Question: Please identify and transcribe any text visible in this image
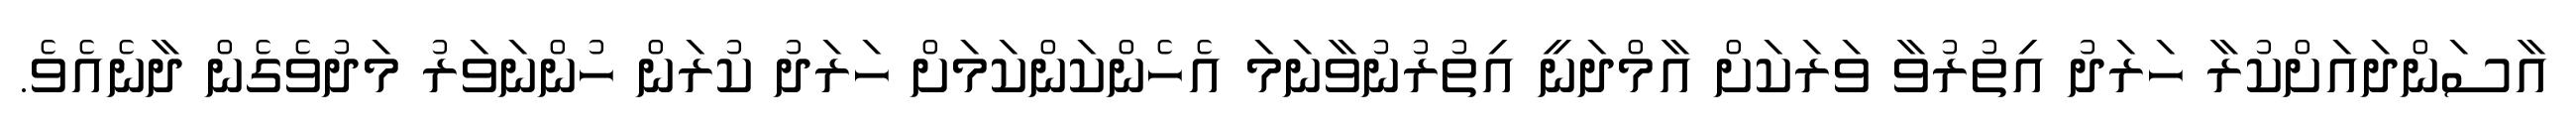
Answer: އާސަންދައަށްކުރާ ހަރަދު އިތުރުވާ ވަރަކަށް އާމްދަނީ އިތުރުނުވާނަމަ އެހެންކަންކަމަށް ހަރަދު ކުރަން ހުންނަވަރު މަދުވެގެން ދާނެއެވެ.